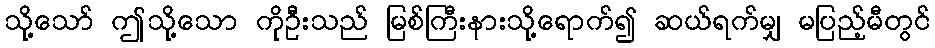
သို့သော် ဤသို့သော ကိုဦးသည် မြစ်ကြီးနားသို့ရောက်၍ ဆယ်ရက်မျှ မပြည့်မီတွင်